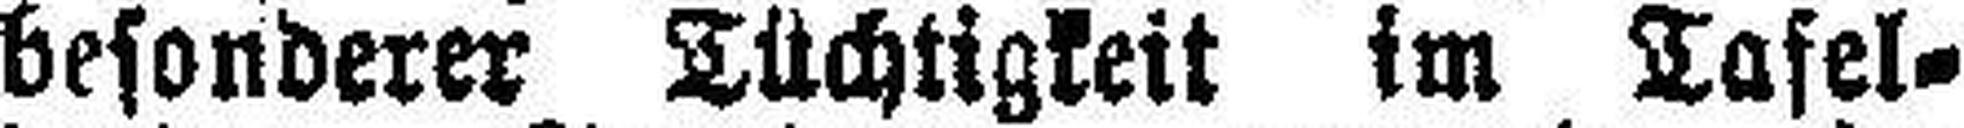
besonderer Tüchtigkeit im Tafel¬